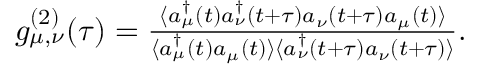
\begin{array} { r } { g _ { \mu , \nu } ^ { ( 2 ) } ( \tau ) = \frac { \langle { a _ { \mu } ^ { \dag } ( t ) } { a _ { \nu } ^ { \dag } ( t + \tau ) } { a _ { \nu } ( t + \tau ) } { a _ { \mu } ( t ) } \rangle } { \langle { a _ { \mu } ^ { \dag } ( t ) } { a _ { \mu } ( t ) } \rangle \langle { a _ { \nu } ^ { \dag } ( t + \tau ) } { a _ { \nu } ( t + \tau ) } \rangle } . } \end{array}